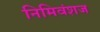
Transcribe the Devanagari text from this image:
निमिवंशज